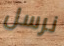
نرسل